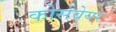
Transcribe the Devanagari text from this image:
कोर्सवेयर